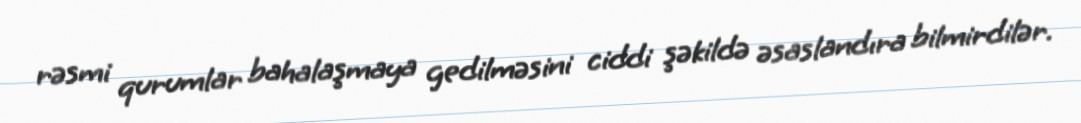
rəsmi qurumlar bahalaşmaya gedilməsini ciddi şəkildə əsaslandıra bilmirdilər.